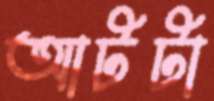
আটটা